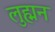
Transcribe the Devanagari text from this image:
लुह्मन